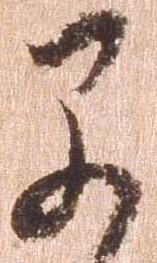
早